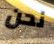
نحن